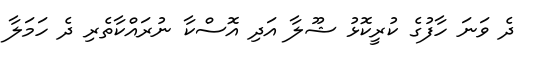
ދެ ވަނަ ހާފުގެ ކުރީކޮޅު ޝޫލާ އަދި އޮސްކާ ނުރައްކާތެރި ދެ ހަމަލާ